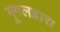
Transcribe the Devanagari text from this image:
गूगलद्वारा